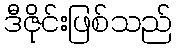
ဒီဇိုင်းဖြစ်သည်